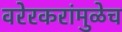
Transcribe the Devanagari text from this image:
वरेरकरांमुळेच